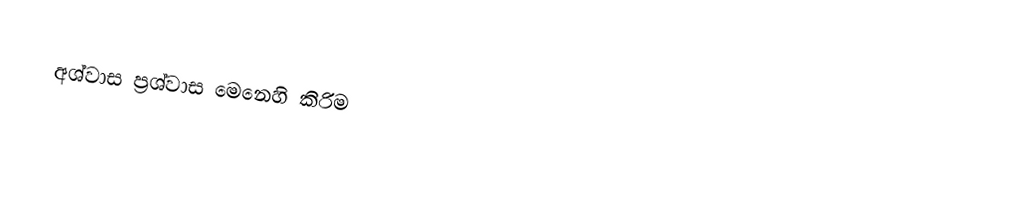
අශ්වාස ප්‍රශ්වාස මෙනෙහි කිරිම